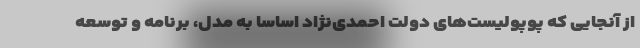
از آنجایی که پوپولیست‌های دولت احمدی‌نژاد اساسا به مدل، برنامه و توسعه